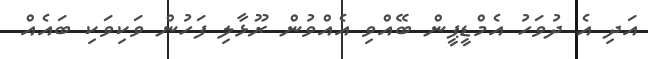
އަދި އެ ދުވަހު އެމްޑީޕީން ބޭއްވި އެއްވުން ރޫޅާލި ފަހުން ވަކިވަކި ބައެއް